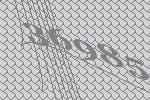
36985